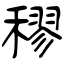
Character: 穋